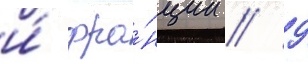
и́ фра́нции // 9